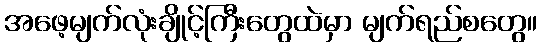
အဖေ့မျက်လုံးချိုင့်ကြီးတွေထဲမှာ မျက်ရည်စတွေ။